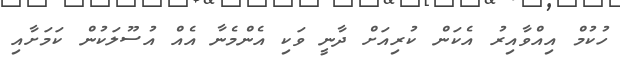
ހުކުމް އިއްވާއިރު އެކަން ކުރިއަށް ދާނީ ވަކި އެންމެނާ އެއް އުސޫލަކުން ކަމަށާއި